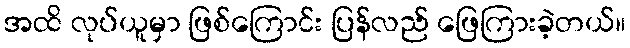
အထိ လုပ်ယူမှာ ဖြစ်ကြောင်း ပြန်လည် ဖြေကြားခဲ့တယ်။